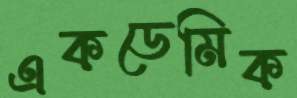
একডেমিক